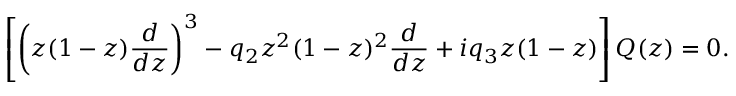
\left[ \left( z ( 1 - z ) { \frac { d } { d z } } \right) ^ { 3 } - q _ { 2 } z ^ { 2 } ( 1 - z ) ^ { 2 } { \frac { d } { d z } } + i q _ { 3 } z ( 1 - z ) \right] Q ( z ) = 0 .